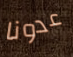
عدونا